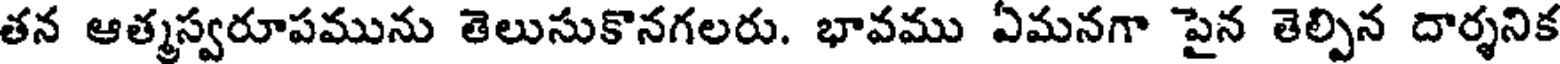
తన ఆత్మస్వరూపమును తెలుసుకొనగలరు. భావము ఏమనగా పైన తెల్పిన దార్శనిక